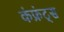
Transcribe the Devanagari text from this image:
कंफ्रंट्स